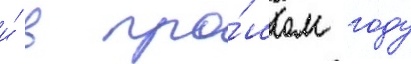
и́ в про́шлом году